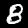
Digit: 8